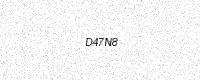
Text: D47N8